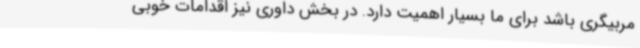
مربیگری باشد برای ما بسیار اهمیت دارد. در بخش داوری نیز اقدامات خوبی